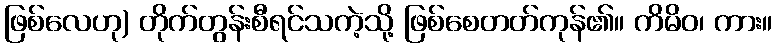
ဖြစ်လေဟု) တိုက်တွန်းစီရင်သကဲ့သို့ ဖြစ်စေတတ်ကုန်၏။ ကိမိဝ၊ ကား။